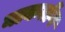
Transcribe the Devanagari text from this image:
नाकतोंग